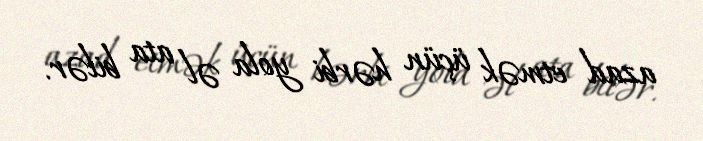
azad etmək üçün hərbi yola əl ata bilər.